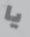
يا